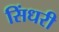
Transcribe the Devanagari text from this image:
सिंधरी